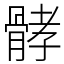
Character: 𩩉